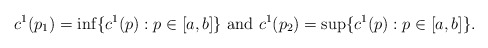
\begin{align*} c^1(p_1)=\inf\{c^1(p): p\in[a,b]\} \mbox{ and } c^1(p_2)=\sup\{c^1(p): p\in[a,b]\}. \end{align*}